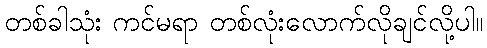
တစ်ခါသုံး ကင်မရာ တစ်လုံးလောက်လိုချင်လို့ပါ။